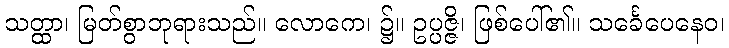
သတ္ထာ၊ မြတ်စွာဘုရားသည်။ လောကေ၊ ၌။ ဥပ္ပဇ္ဇိ၊ ဖြစ်ပေါ်၏။ သင်္ခေပေနေဝ၊